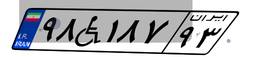
۳۸W۰۵۲۷۹